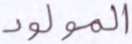
المولود